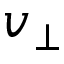
v _ { \perp }